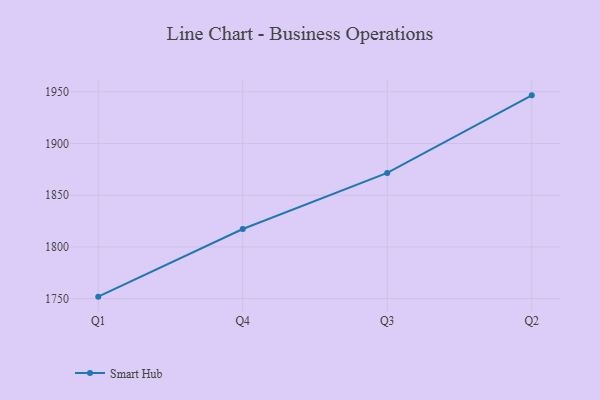
{"axis": {"x": "Quarter", "y": "Satisfaction Score"}, "legend": ["Smart Hub"], "data": [{"x": "Q1", "y": 1751.9, "type": "Smart Hub"}, {"x": "Q4", "y": 1817.3, "type": "Smart Hub"}, {"x": "Q3", "y": 1871.6, "type": "Smart Hub"}, {"x": "Q2", "y": 1946.6, "type": "Smart Hub"}]}